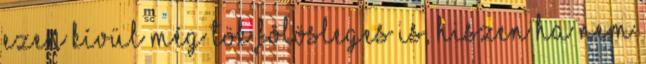
ezen kívül még tök fölösleges is, hiszen ha nem